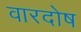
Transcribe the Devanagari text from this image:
वारदोष